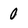
Character: 0